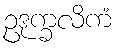
ဥဒုက္ခလိကံ